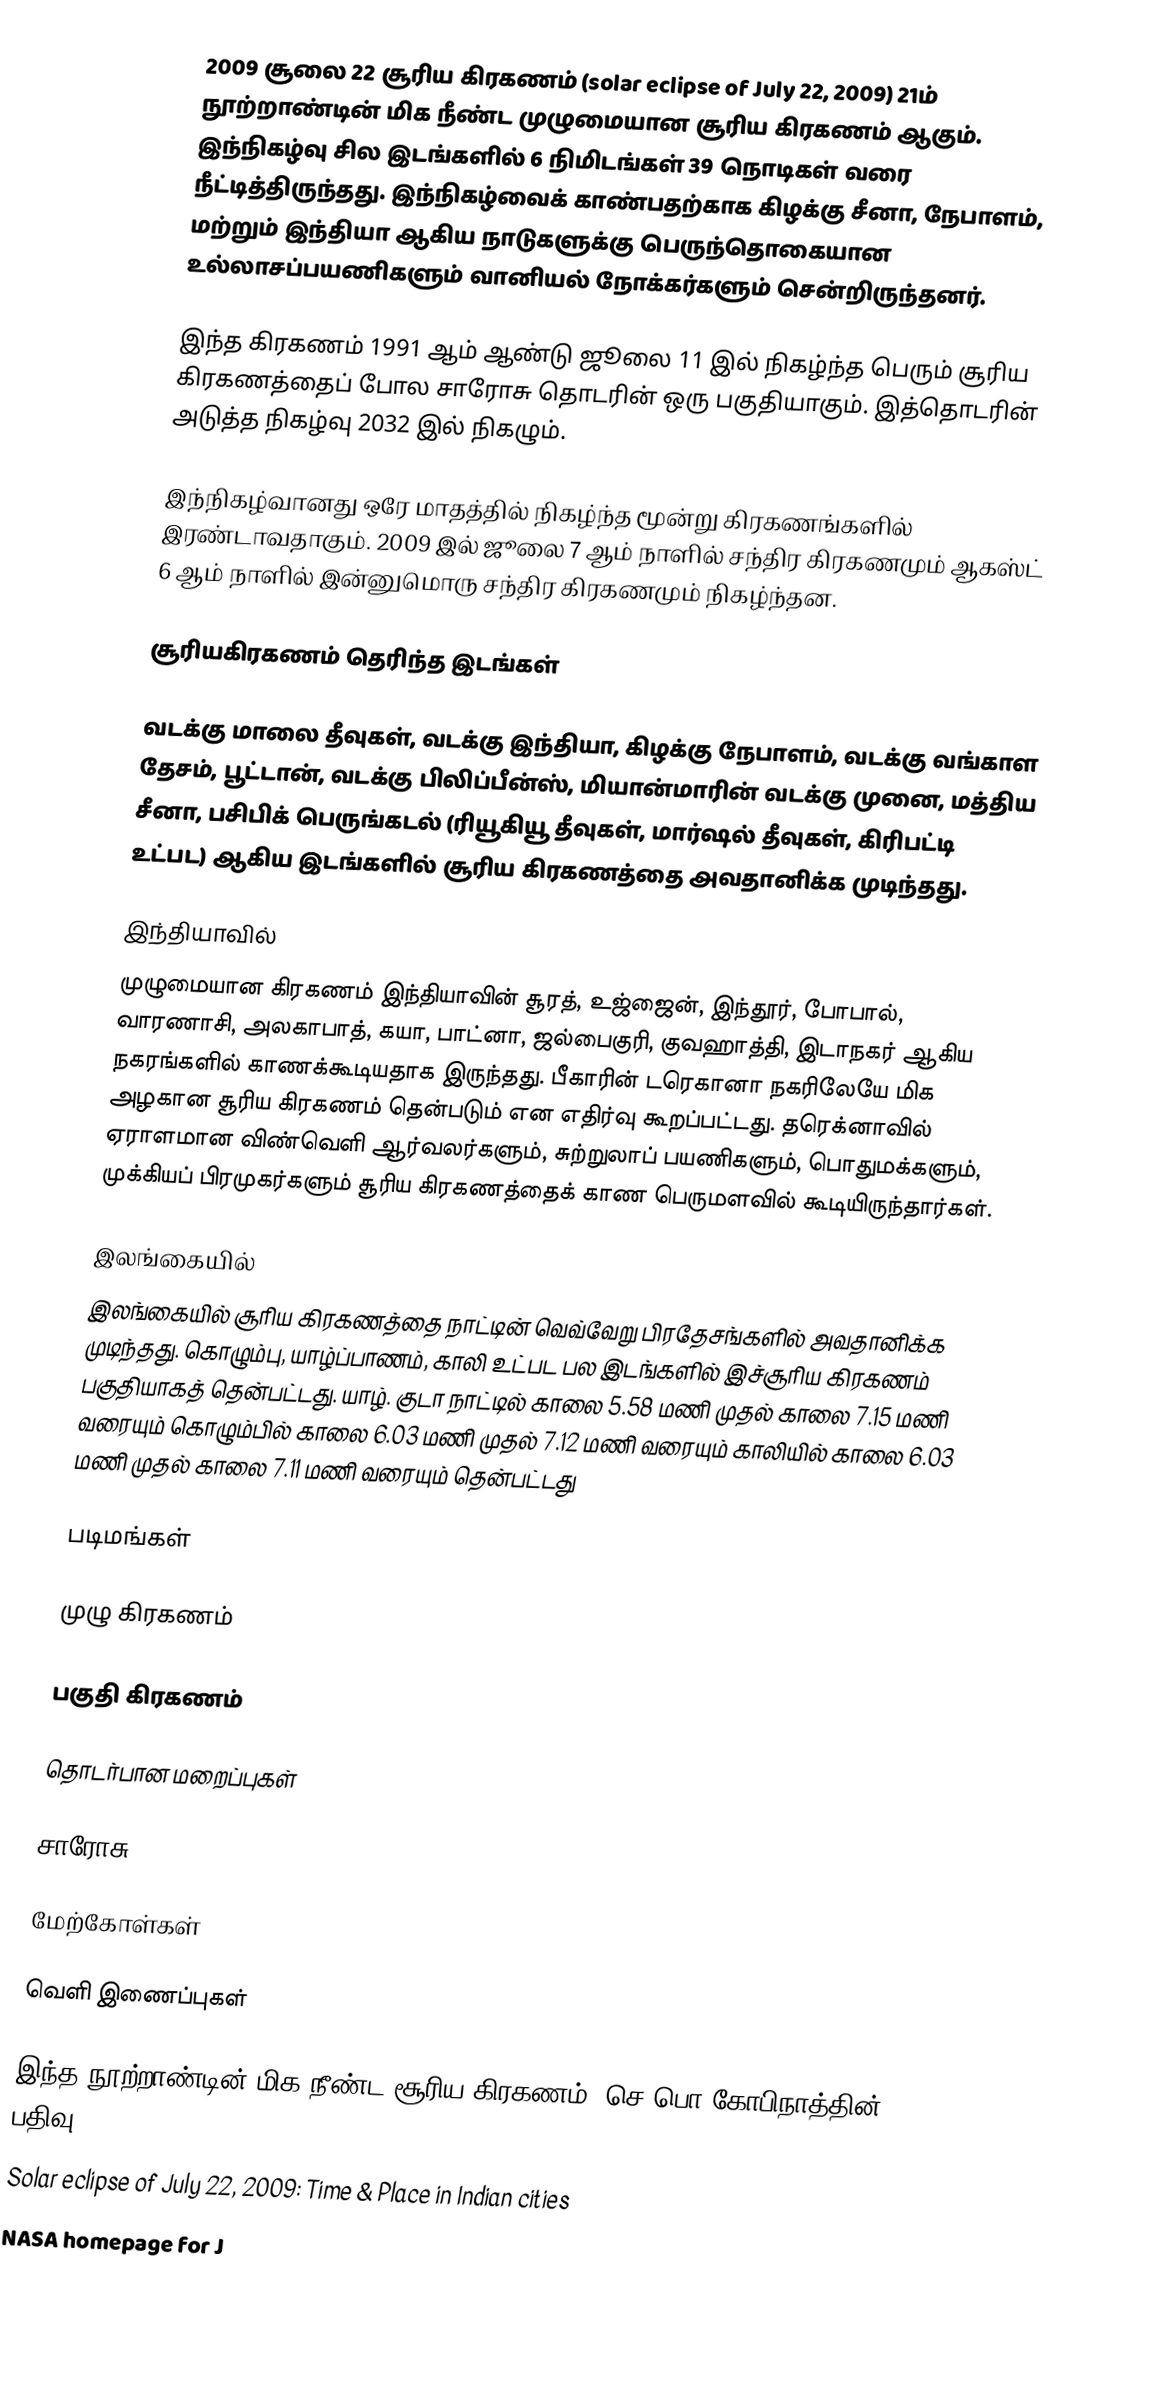
2009 சூலை 22 சூரிய கிரகணம் (solar eclipse of July 22, 2009) 21ம் நூற்றாண்டின் மிக நீண்ட முழுமையான சூரிய கிரகணம் ஆகும். இந்நிகழ்வு சில இடங்களில் 6 நிமிடங்கள் 39 நொடிகள் வரை நீட்டித்திருந்தது. இந்நிகழ்வைக் காண்பதற்காக கிழக்கு சீனா, நேபாளம், மற்றும் இந்தியா ஆகிய நாடுகளுக்கு பெருந்தொகையான உல்லாசப்பயணிகளும் வானியல் நோக்கர்களும் சென்றிருந்தனர்.

இந்த கிரகணம் 1991 ஆம் ஆண்டு ஜூலை 11 இல் நிகழ்ந்த பெரும் சூரிய கிரகணத்தைப் போல சாரோசு தொடரின் ஒரு பகுதியாகும். இத்தொடரின் அடுத்த நிகழ்வு 2032 இல் நிகழும்.

இந்நிகழ்வானது ஒரே மாதத்தில் நிகழ்ந்த மூன்று கிரகணங்களில் இரண்டாவதாகும். 2009 இல் ஜூலை 7 ஆம் நாளில் சந்திர கிரகணமும் ஆகஸ்ட் 6 ஆம் நாளில் இன்னுமொரு சந்திர கிரகணமும் நிகழ்ந்தன.

சூரியகிரகணம் தெரிந்த இடங்கள்

வடக்கு மாலை தீவுகள், வடக்கு இந்தியா, கிழக்கு நேபாளம், வடக்கு வங்காள தேசம், பூட்டான், வடக்கு பிலிப்பீன்ஸ், மியான்மாரின் வடக்கு முனை, மத்திய சீனா, பசிபிக் பெருங்கடல் (ரியூகியூ தீவுகள், மார்ஷல் தீவுகள், கிரிபட்டி உட்பட) ஆகிய இடங்களில் சூரிய கிரகணத்தை அவதானிக்க முடிந்தது.

இந்தியாவில்
முழுமையான கிரகணம் இந்தியாவின் சூரத், உஜ்ஜைன், இந்தூர், போபால், வாரணாசி, அலகாபாத், கயா, பாட்னா, ஜல்பைகுரி, குவஹாத்தி, இடாநகர் ஆகிய நகரங்களில் காணக்கூடியதாக இருந்தது. பீகாரின் டரெகானா நகரிலேயே மிக அழகான சூரிய கிரகணம் தென்படும் என எதிர்வு கூறப்பட்டது. தரெக்னாவில் ஏராளமான விண்வெளி ஆர்வலர்களும், சுற்றுலாப் பயணிகளும், பொதுமக்களும், முக்கியப் பிரமுகர்களும் சூரிய கிரகணத்தைக் காண பெருமளவில் கூடியிருந்தார்கள்.

இலங்கையில்
இலங்கையில் சூரிய கிரகணத்தை நாட்டின் வெவ்வேறு பிரதேசங்களில் அவதானிக்க முடிந்தது. கொழும்பு, யாழ்ப்பாணம், காலி உட்பட பல இடங்களில் இச்சூரிய கிரகணம் பகுதியாகத் தென்பட்டது. யாழ். குடா நாட்டில் காலை 5.58 மணி முதல் காலை 7.15 மணி வரையும் கொழும்பில் காலை 6.03 மணி முதல் 7.12 மணி வரையும் காலியில் காலை 6.03 மணி முதல் காலை 7.11 மணி வரையும் தென்பட்டது

படிமங்கள்

முழு கிரகணம்

பகுதி கிரகணம்

தொடர்பான மறைப்புகள்

சாரோசு 136

மேற்கோள்கள்

வெளி இணைப்புகள்

 இந்த நூற்றாண்டின் மிக நீண்ட சூரிய கிரகணம், செ.பொ.கோபிநாத்தின் பதிவு
 Solar eclipse of July 22, 2009: Time & Place in Indian cities
 NASA homepage for J